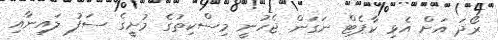
ރޯދަ އަށް އެޅި ކާޕެޓް ނަގަން ޖެހުނީ މިސްކިތުގެ މުށީގެ ސަފު ލައިނާއި